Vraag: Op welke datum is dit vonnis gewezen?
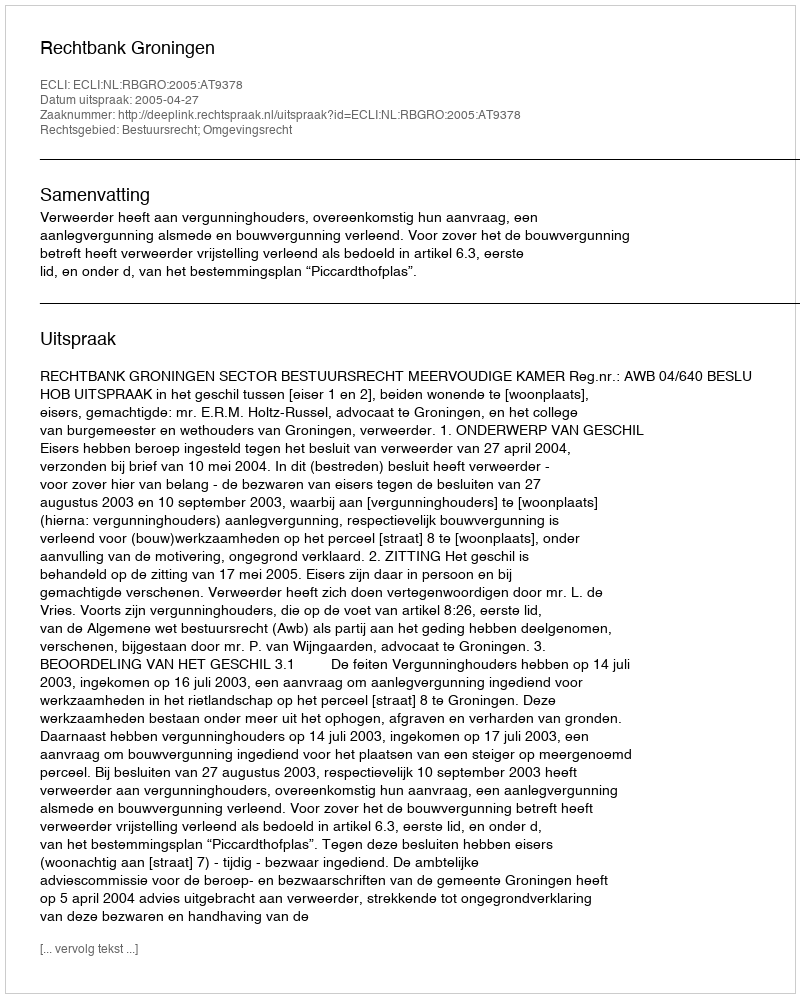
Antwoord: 2005-04-27